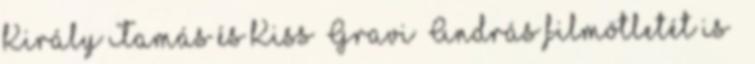
Király Tamás és Kiss ’Gravi’ András filmötletét is –